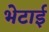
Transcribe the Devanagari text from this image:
भेटाई